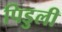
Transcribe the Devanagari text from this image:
पिडुली